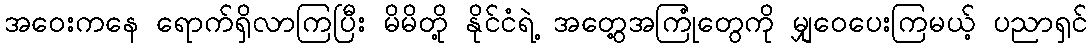
အဝေးကနေ ရောက်ရှိလာကြပြီး မိမိတို့ နိုင်ငံရဲ့ အတွေ့အကြုံတွေကို မျှဝေပေးကြမယ့် ပညာရှင်